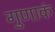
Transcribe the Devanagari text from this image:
गुणाकं